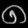
Digit: ၈